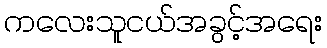
ကလေးသူငယ်အခွင့်အရေး